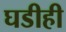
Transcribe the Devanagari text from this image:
घडीही